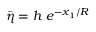
\bar { \eta } = h \ e ^ { - x _ { 1 } / R }